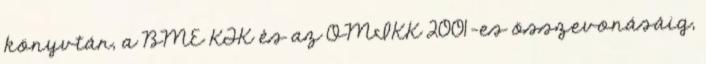
könyvtár, a BME KTK és az OMIKK 2001-es összevonásáig,